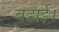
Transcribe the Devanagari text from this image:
बडाई।